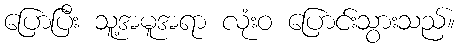
ပြောပြီး သူ့အမူအရာ လုံးဝ ပြောင်းသွားသည်။